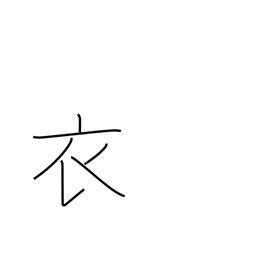
Meaning: garment